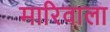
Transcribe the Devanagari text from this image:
मारिवाला